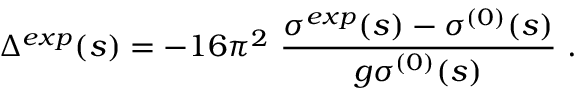
\Delta ^ { e x p } ( s ) = - 1 6 \pi ^ { 2 } \ \frac { \sigma ^ { e x p } ( s ) - \sigma ^ { ( 0 ) } ( s ) } { g \sigma ^ { ( 0 ) } ( s ) } \ .